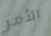
الأمر